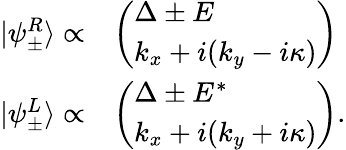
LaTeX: \begin{array}{rl}{|\psi_{\pm}^{R}\rangle\propto}&{\left(\begin{array}{l}{\Delta\pm E}\\ {k_{x}+i(k_{y}-i\kappa)}\end{array}\right)}\\ {|\psi_{\pm}^{L}\rangle\propto}&{\left(\begin{array}{l}{\Delta\pm E^{*}}\\ {k_{x}+i(k_{y}+i\kappa)}\end{array}\right).}\end{array}